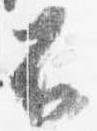
不